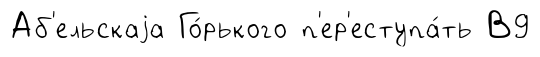
Аб'ельскаjа Го́рького п'ер'еступа́ть В9